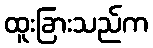
ထူးခြားသည်က